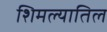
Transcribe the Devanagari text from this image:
शिमल्यातिल